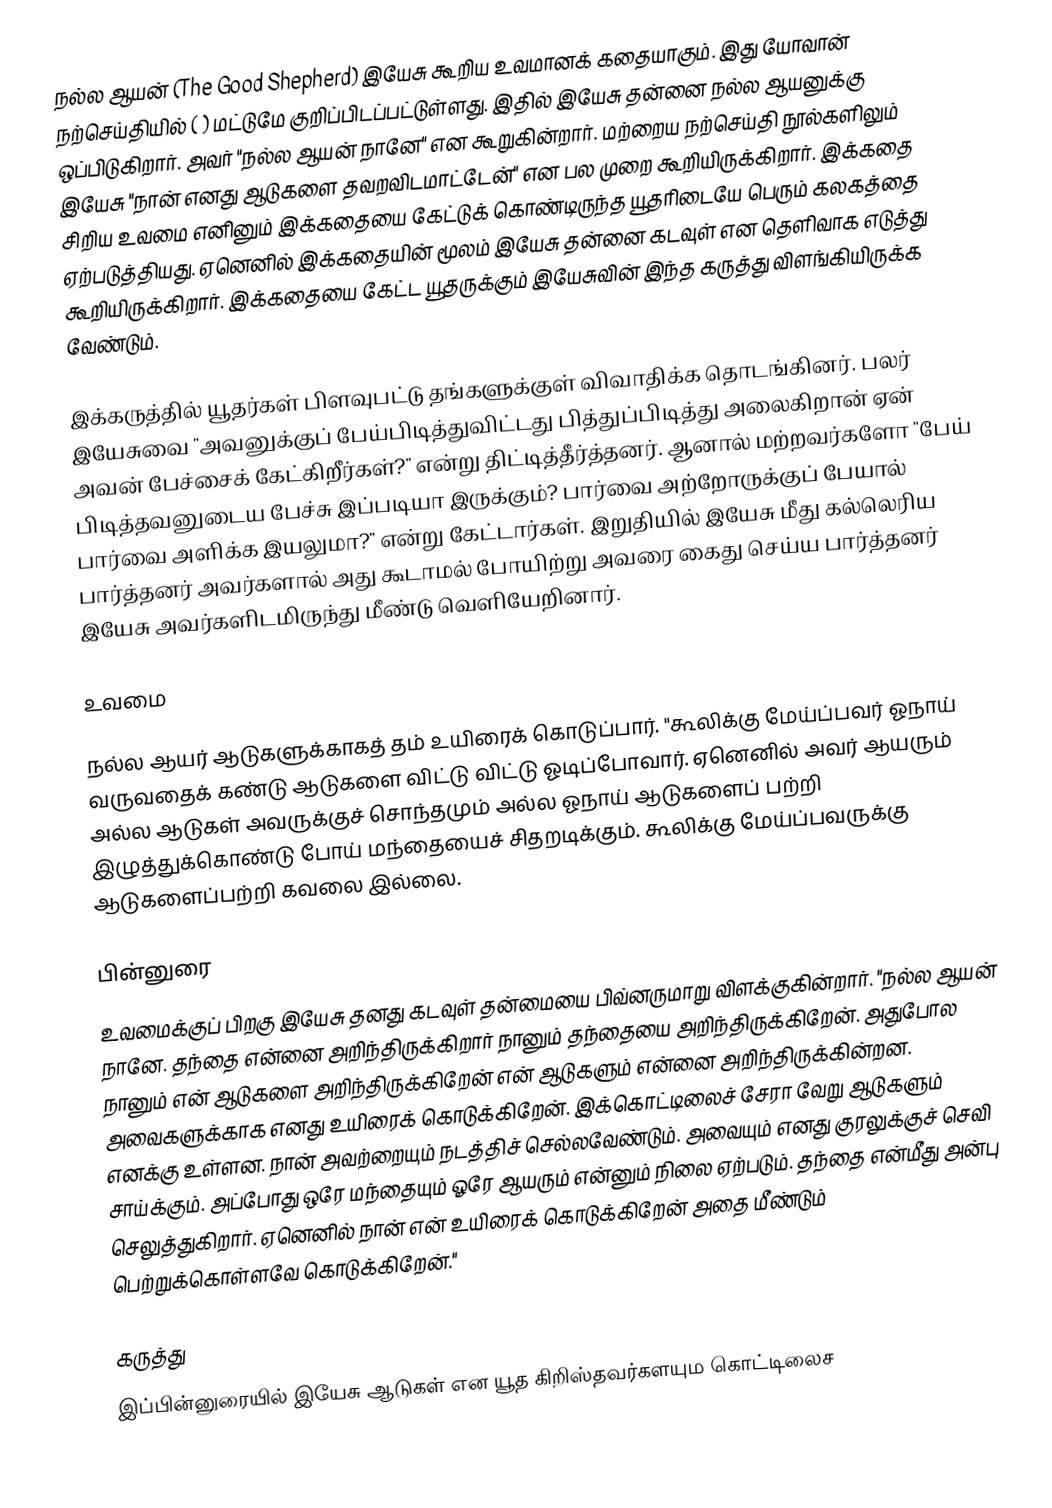
நல்ல ஆயன் (The Good Shepherd) இயேசு கூறிய உவமானக் கதையாகும். இது யோவான் நற்செய்தியில் ( ) மட்டுமே குறிப்பிடப்பட்டுள்ளது. இதில் இயேசு தன்னை நல்ல ஆயனுக்கு ஒப்பிடுகிறார். அவர் "நல்ல ஆயன் நானே" என கூறுகின்றார். மற்றைய நற்செய்தி நூல்களிலும் இயேசு "நான் எனது ஆடுகளை தவறவிடமாட்டேன்" என பல முறை கூறியிருக்கிறார்.  இக்கதை சிறிய உவமை எனினும் இக்கதையை கேட்டுக் கொண்டிருந்த யூதரிடையே பெரும் கலகத்தை ஏற்படுத்தியது. ஏனெனில் இக்கதையின் மூலம் இயேசு தன்னை கடவுள் என தெளிவாக எடுத்து கூறியிருக்கிறார். இக்கதையை கேட்ட யூதருக்கும் இயேசுவின் இந்த கருத்து விளங்கியிருக்க வேண்டும்.

இக்கருத்தில் யூதர்கள் பிளவுபட்டு தங்களுக்குள் விவாதிக்க தொடங்கினர். பலர் இயேசுவை "அவனுக்குப் பேய்பிடித்துவிட்டது பித்துப்பிடித்து அலைகிறான் ஏன் அவன் பேச்சைக் கேட்கிறீர்கள்?" என்று திட்டித்தீர்த்தனர். ஆனால் மற்றவர்களோ "பேய் பிடித்தவனுடைய பேச்சு இப்படியா இருக்கும்? பார்வை அற்றோருக்குப் பேயால் பார்வை அளிக்க இயலுமா?" என்று கேட்டார்கள். இறுதியில் இயேசு மீது கல்லெரிய பார்த்தனர் அவர்களால் அது கூடாமல் போயிற்று அவரை கைது செய்ய பார்த்தனர் இயேசு அவர்களிடமிருந்து மீண்டு வெளியேறினார்.

உவமை

நல்ல ஆயர் ஆடுகளுக்காகத் தம் உயிரைக் கொடுப்பார். "கூலிக்கு மேய்ப்பவர் ஓநாய் வருவதைக் கண்டு ஆடுகளை விட்டு விட்டு ஓடிப்போவார். ஏனெனில் அவர் ஆயரும் அல்ல ஆடுகள் அவருக்குச் சொந்தமும் அல்ல ஓநாய் ஆடுகளைப் பற்றி இழுத்துக்கொண்டு போய் மந்தையைச் சிதறடிக்கும். கூலிக்கு மேய்ப்பவருக்கு ஆடுகளைப்பற்றி கவலை இல்லை.

பின்னுரை
உவமைக்குப் பிறகு  இயேசு தனது கடவுள் தன்மையை பிவ்னருமாறு விளக்குகின்றார். "நல்ல ஆயன் நானே. தந்தை என்னை அறிந்திருக்கிறார் நானும் தந்தையை அறிந்திருக்கிறேன். அதுபோல நானும் என் ஆடுகளை அறிந்திருக்கிறேன் என் ஆடுகளும் என்னை அறிந்திருக்கின்றன. அவைகளுக்காக எனது உயிரைக் கொடுக்கிறேன்.  இக்கொட்டிலைச் சேரா வேறு ஆடுகளும் எனக்கு உள்ளன. நான் அவற்றையும் நடத்திச் செல்லவேண்டும். அவையும் எனது குரலுக்குச் செவி சாய்க்கும். அப்போது ஒரே மந்தையும் ஓரே ஆயரும் என்னும் நிலை ஏற்படும். தந்தை என்மீது அன்பு செலுத்துகிறார். ஏனெனில் நான் என் உயிரைக் கொடுக்கிறேன் அதை மீண்டும் பெற்றுக்கொள்ளவே கொடுக்கிறேன்."

கருத்து
இப்பின்னுரையில் இயேசு  ஆடுகள் என யூத கிறிஸ்தவர்களயும கொட்டிலைச